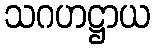
သဂဟဋ္ဌာယ